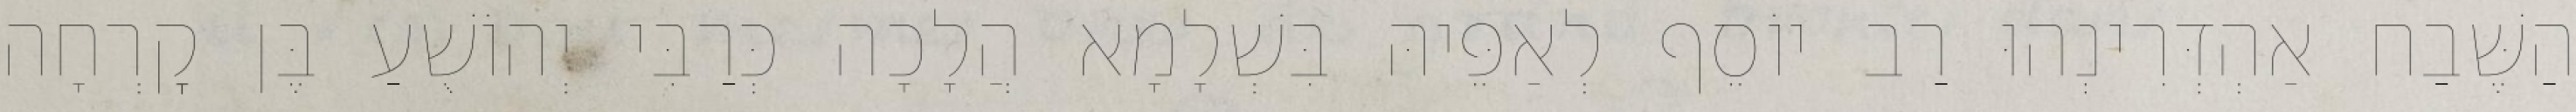
הַשֶּׁבַח אַהְדְּרִינְהוּ רַב יוֹסֵף לְאַפֵּיהּ בִּשְׁלָמָא הֲלָכָה כְּרַבִּי יְהוֹשֻׁעַ בֶּן קׇרְחָה